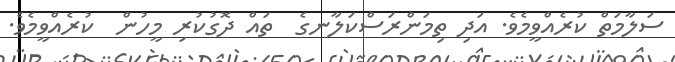
ސަލާމަތް ކުރެއްވީމެވެ. އަދި ތިމަންރަސްްކަލާނގެ  ތައް ދޮގުކުރި މީހުން  ކުރެއްވީމެވެ.